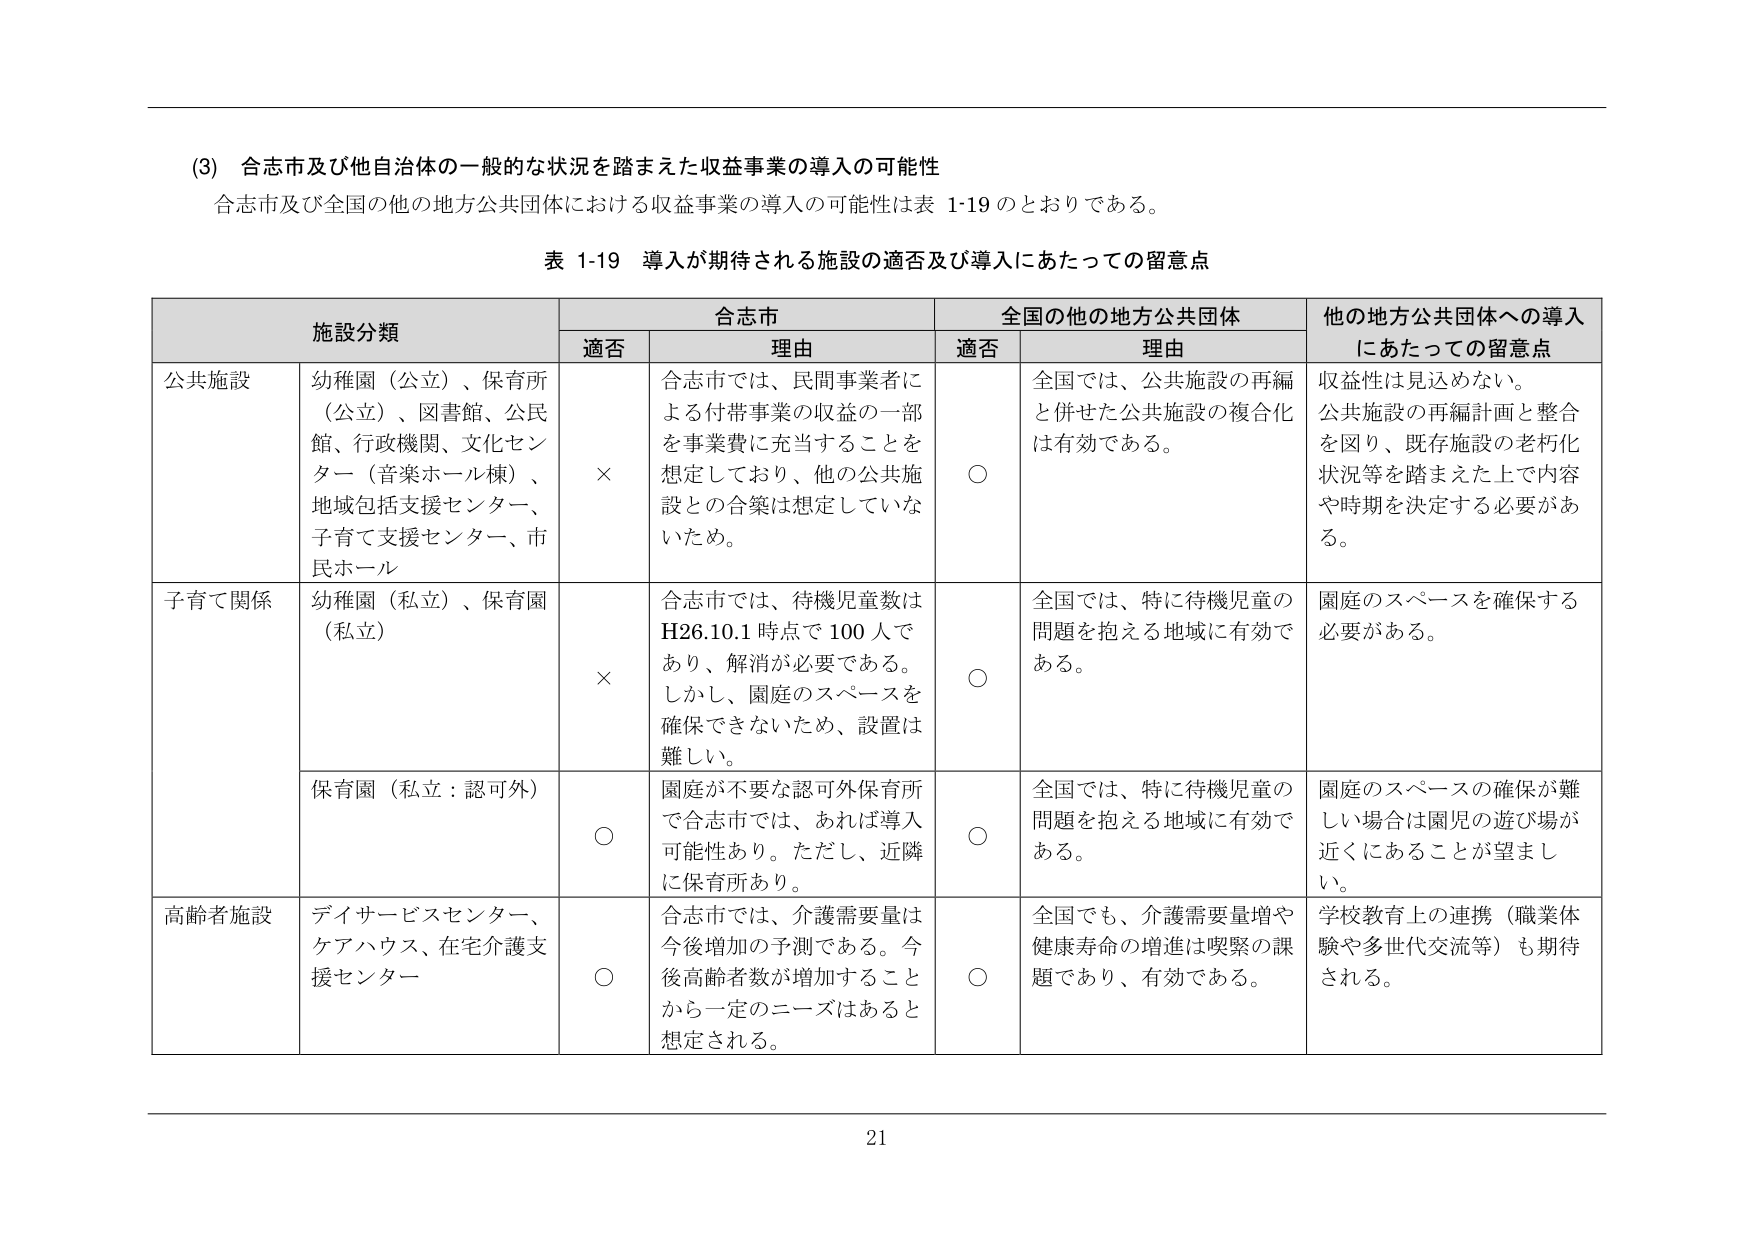
(3) 合志市及び他自治体の一般的な状況を踏まえた収益事業の導入の可能性
合志市及び全国の他の地方公共団体における収益事業の導入の可能性は表 1-19 のとおりである。

表 1-19 導入が期待される施設の適否及び導入にあたっての留意点

| 施設分類 | 合志市 | | 全国の他の地方公共団体 | | 他の地方公共団体への導入にあたっての留意点 |
|----------|--------|--------|------------------------|--------|---------------------------------------------|
| | 適否 | 理由 | 適否 | 理由 | |
| 公共施設 | | 幼稚園（公立）、保育所（公立）、図書館、公民館、行政機関、文化センター（音楽ホール棟）、地域包括支援センター、子育て支援センター、市民ホール | × | 合志市では、民間事業者による付帯事業の収益の一部を事業費に充当することを想定しており、他の公共施設との合築は想定していないため。 | ○ | 全国では、公共施設の再編と併せた公共施設の複合化は有効である。 | 収益性は見込めない。公共施設の再編計画と整合を図り、既存施設の老朽化状況等を踏まえた上で内容や時期を決定する必要がある。 |
| 子育て関係 | | 幼稚園（私立）、保育園（私立） | × | 合志市では、待機児童数はH26.10.1時点で100人であり、解消が必要である。しかし、園庭のスペースを確保できないため、設置は難しい。 | ○ | 全国では、特に待機児童の問題を抱える地域に有効である。 | 園庭のスペースを確保する必要がある。 |
| | | 保育園（私立：認可外） | ○ | 園庭が不要な認可外保育所で合志市では、あれば導入可能性あり。ただし、近隣に保育所あり。 | ○ | 全国では、特に待機児童の問題を抱える地域に有効である。 | 園庭のスペースの確保が難しい場合は園児の遊び場が近くにあることが望ましい。 |
| 高齢者施設 | | デイサービスセンター、ケアハウス、在宅介護支援センター | ○ | 合志市では、介護需要量は今後増加の予測である。今後高齢者数が増加することから一定のニーズはあると想定される。 | ○ | 全国でも、介護需要量増や健康寿命の増進は喫緊の課題であり、有効である。 | 学校教育上の連携（職業体験や多世代交流等）も期待される。 |

21